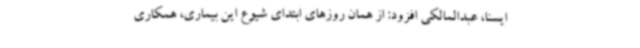
ایسنا، عبدالمالکی افزود: از همان روزهای ابتدای شیوع این بیماری، همکاری